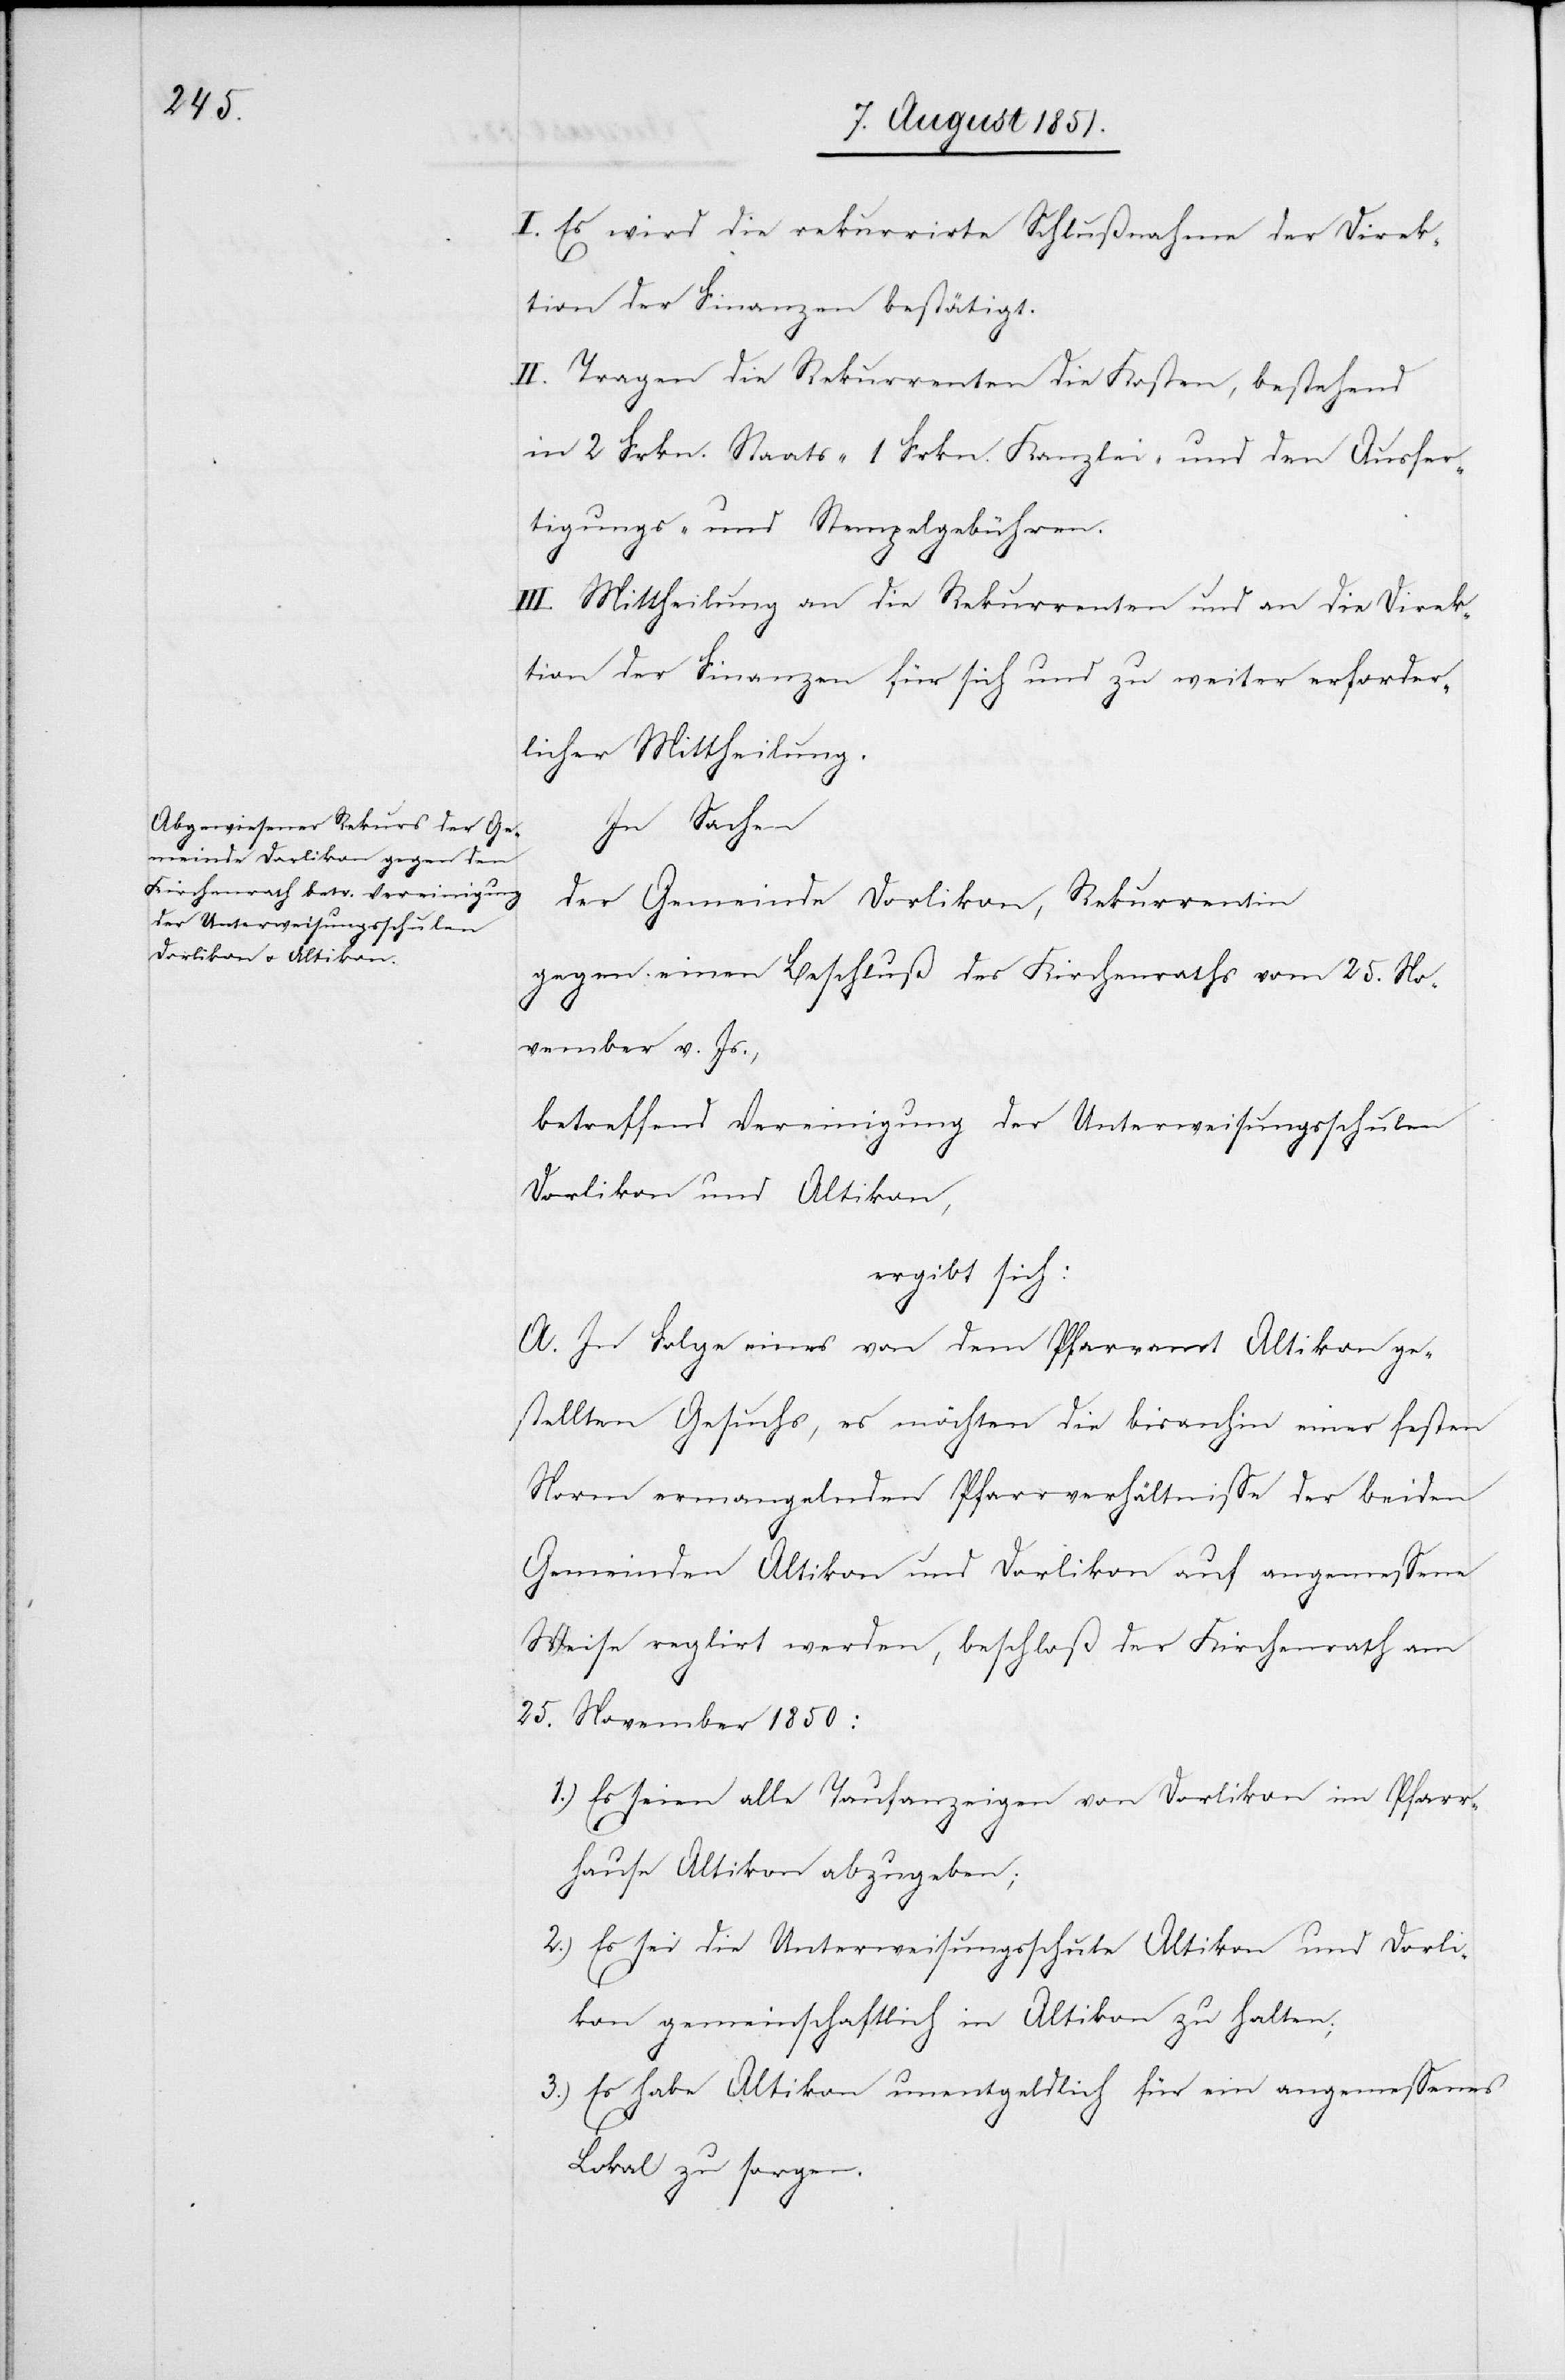
I. Es wird die rekurrirte Schlußnahme der Direk¬
tion der Finanzen bestätigt.
II. Tragen die Rekurrenten die Kosten, bestehend
in 2 Frkn. Staats-[,] 1 Frkn. Kanzlei- und den Ausfer¬
tigungs- und Stempelgebühren.
III. Mittheilung an die Rekurrenten und an die Direk¬
tion der Finanzen für sich und zu weiter erforder¬
licher Mittheilung.
In Sachen
der Gemeinde Dorlikon, Rekurrentin
gegen einen Beschluß des Kirchenraths vom 25. No¬
vember v. Js.,
betreffend Vereinigung der Unterweisungsschulen
Dorlikon und Altikon,
ergibt sich:
A. In Folge eines von dem Pfarramt Altikon ge¬
stellten Gesuchs, es möchten die bisanhin einer festen
Norm ermangelnden Pfarrverhältnisse der beiden
Gemeinden Altikon und Dorlikon auf angemessene
Weise reglirt werden, beschloß der Kirchenrath am
25. November 1850:
Es seien alle Taufanzeigen von Dorlikon im Pfarr¬
hause Altikon abzugeben;
Es sei die Unterweisungsschule Altikon und Dorli¬
kon gemeinschaftlich in Altikon zu halten;
Es habe Altikon unentgeldlich für ein angemessenes
Lokal zu sorgen.